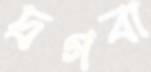
দ্রগবা